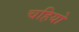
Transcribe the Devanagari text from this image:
चहियो